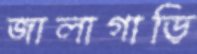
জালাগাড়ি